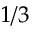
1 / 3